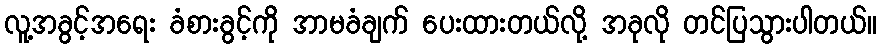
လူ့အခွင့်အရေး ခံစားခွင့်ကို အာမခံချက် ပေးထားတယ်လို့ အခုလို တင်ပြသွားပါတယ်။